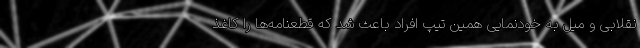
نقلابی و میل به خودنمایی همین تیپ افراد باعث شد که قطعنامه‌ها را کاغذ